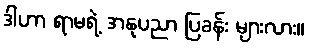
ဒါဟာ ရာမရဲ့ အနုပညာ ပြခန်း များလား။